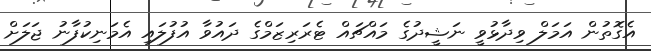
އެގޮތުން އަމަލް ވިދާޅުވީ ނަޝީދުގެ މައްޗައް ޓެރަރިޒަމްގެ ދައުވާ އުފުލައި އެމަނިކުފާނު ޖަލަށް